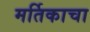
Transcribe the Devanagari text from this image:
मर्तिकाचा